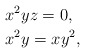
\begin{align*}&x^2yz=0,\\&x^2y=xy^2,\end{align*}